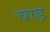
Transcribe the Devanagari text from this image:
चाड़